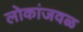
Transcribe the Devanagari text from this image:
लोकांजवळ